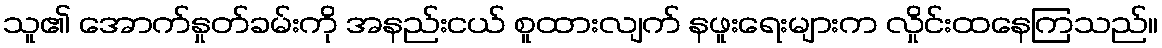
သူ၏ အောက်နှုတ်ခမ်းကို အနည်းငယ် စူထားလျက် နဖူးရေးများက လှိုင်းထနေကြသည်။